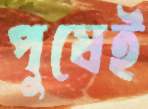
পুষেই